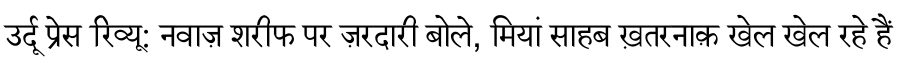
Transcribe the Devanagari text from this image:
उर्दू प्रेस रिव्यू: नवाज़ शरीफ पर ज़रदारी बोले, मियां साहब ख़तरनाक़ खेल खेल रहे हैं